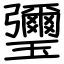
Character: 瓕